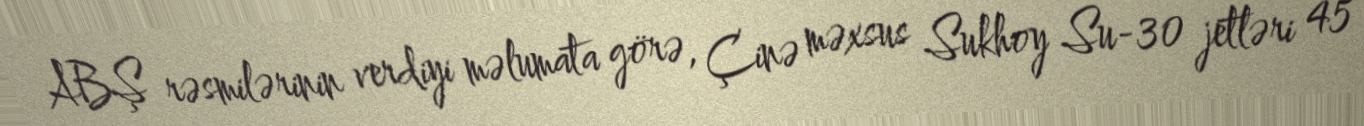
ABŞ rəsmilərinin verdiyi məlumata görə, Çinə məxsus Sukhoy Su-30 jetləri 45